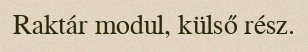
Raktár modul, külső rész.